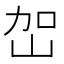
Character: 𭖔